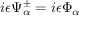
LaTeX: i \epsilon \Psi _ { \alpha } ^ { \pm } = i \epsilon \Phi _ { \alpha }